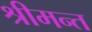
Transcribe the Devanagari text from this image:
श्रीमन्त